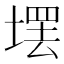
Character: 𪤄